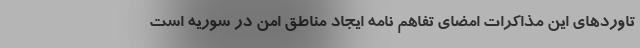
تاوردهای این مذاکرات امضای تفاهم نامه ایجاد مناطق امن در سوریه است